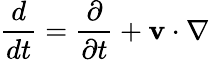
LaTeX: \frac{d}{dt}=\frac{\partial}{\partial t}+\textbf{v}\cdot\nabla